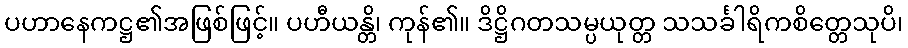
ပဟာနေကဋ္ဌ၏အဖြစ်ဖြင့်။ ပဟီယန္တိ၊ ကုန်၏။ ဒိဋ္ဌိဂတသမ္ပယုတ္တ သသင်္ခါရိကစိတ္တေသုပိ၊